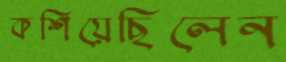
কশিয়েছিলেন